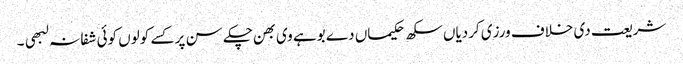
شریعت دی خلاف ورزی کردیاں سکھ حکیماں دے بوہے وی بھن چکے سن پر کسے کولوں کوئی شفا نہ لبھی ۔